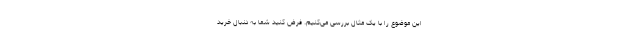
این موضوع را با یک مثال بررسی می‌کنیم. فرض کنید شما به دنبال خرید